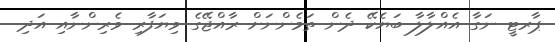
ޕާރޓީ ނަގާ އެއްލާލާ ބަޔެކޭ ދެން ތަމެންނަށް ރާއްޖޭގެ ވިޔަފާރި ވެރިންނާއި އަދި